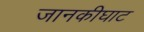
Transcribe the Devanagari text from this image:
जानकीघाट